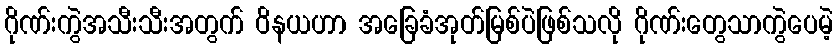
ဂိုဏ်းကွဲအသီးသီးအတွက် ဝိနယဟာ အခြေခံအုတ်မြစ်ပဲဖြစ်သလို ဂိုဏ်းတွေသာကွဲပေမဲ့